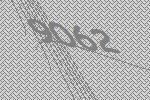
9062